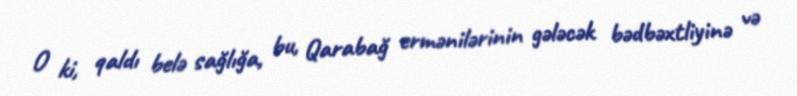
O ki, qaldı belə sağlığa, bu, Qarabağ ermənilərinin gələcək bədbəxtliyinə və